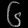
Digit: ၆